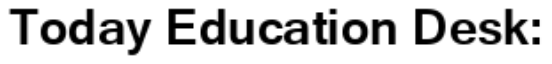
Today Education Desk: